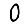
Digit: 0